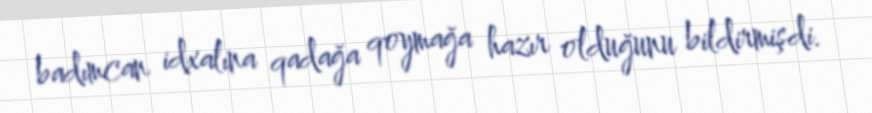
badımcan idxalına qadağa qoymağa hazır olduğunu bildirmişdi.